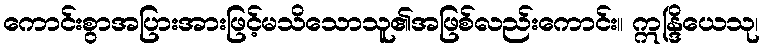
ကောင်းစွာအပြားအားဖြင့်မသိသောသူ၏အဖြစ်လည်းကောင်း။ ဣန္ဒြိယေသု၊